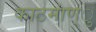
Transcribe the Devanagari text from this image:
काठमांण्ु